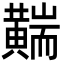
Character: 䵎